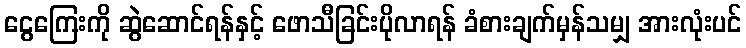
ငွေကြေးကို ဆွဲဆောင်ရန်နှင့် ဖောသီခြင်းပိုလာရန် ခံစားချက်မှန်သမျှ အားလုံးပင်